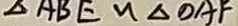
\Delta A B E \sim \Delta O A F